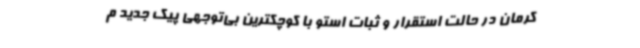
کرمان در حالت استقرار و ثبات استو با کوچکترین بی‌توجهی پیک جدید م